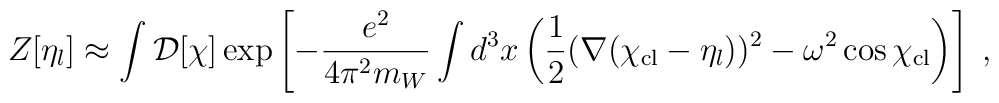
Z[\eta_l] \approx \int{\cal D}[\chi]\exp\left[-{e^2\over4\pi^2m_W}\int d^3x\left({1\over2}(\nabla(\chi_{\rm cl}-\eta_l))^2- \omega^2\cos\chi_{\rm cl}\right)\right]\;,